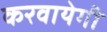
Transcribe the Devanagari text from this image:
करवायेगी